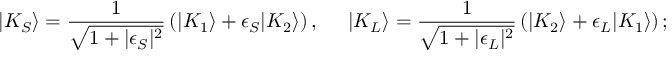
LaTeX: | K _ { S } \rangle = \frac { 1 } { \sqrt { 1 + | \epsilon _ { S } | ^ { 2 } } } \left( | K _ { 1 } \rangle + \epsilon _ { S } | K _ { 2 } \rangle \right) , \; \; \; \; \; | K _ { L } \rangle = \frac { 1 } { \sqrt { 1 + | \epsilon _ { L } | ^ { 2 } } } \left( | K _ { 2 } \rangle + \epsilon _ { L } | K _ { 1 } \rangle \right) ;